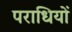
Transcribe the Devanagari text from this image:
पराधियों